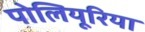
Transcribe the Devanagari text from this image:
पोलियूरिया